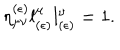
LaTeX: \eta _ { \mu \nu } ^ { ( \epsilon ) } l _ { ( \epsilon ) } ^ { \mu } l _ { ( \epsilon ) } ^ { \nu } = 1 .